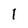
Character: l